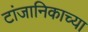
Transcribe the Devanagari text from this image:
टांजानिकाच्या